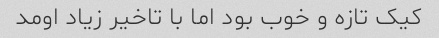
کیک تازه و خوب بود اما با تاخیر زیاد اومد